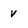
Character: v